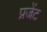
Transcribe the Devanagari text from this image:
प्रजेंट